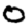
Digit: 0